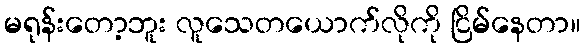
မရုန်းတော့ဘူး လူသေတယောက်လိုကို ငြိမ်နေတာ။